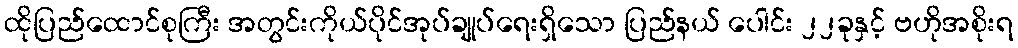
ထိုပြည်ထောင်စုကြီး အတွင်းကိုယ်ပိုင်အုပ်ချုပ်ရေးရှိသော ပြည်နယ် ပေါင်း ၂၂ခုနှင့် ဗဟိုအစိုးရ